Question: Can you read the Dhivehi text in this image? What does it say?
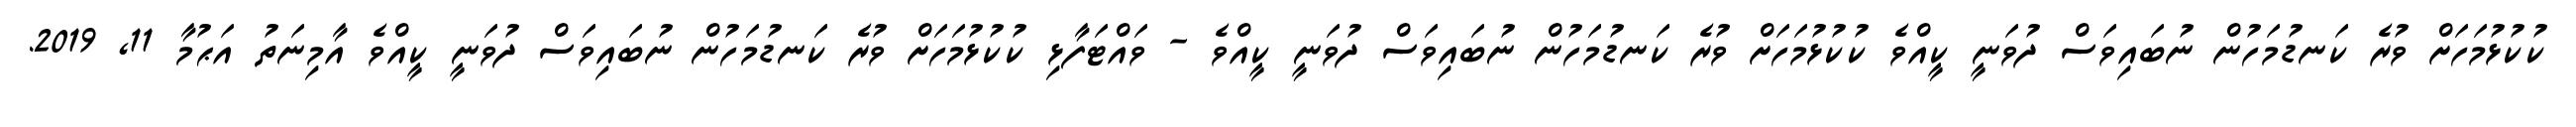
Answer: ކުކުޅުމަހަށް ވުރެ ކަނޑުމަހުން ނުބައިވަސް ދުވަނީ ކީއްވެ ކުކުޅުމަހަށް ވުރެ ކަނޑުމަހުން ނުބައިވަސް ދުވަނީ ކީއްވެ - ވައްޓަފާޅި ކުކުޅުމަހަށް ވުރެ ކަނޑުމަހުން ނުބައިވަސް ދުވަނީ ކީއްވެ އާމިނަތު އަޙުމާ 11, 2019.